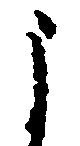
よ